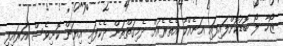
ޒޯހާ ލޯ ބޮޑުކޮށްލައިފައި އަނެއްކާ އެތެރެއަށް ދެމިގަތްތަން ދެކެފައި އިޔަން ކޮށިވެސް އަރައިފި